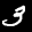
Label: 3